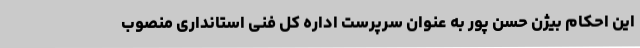
این احکام بیژن حسن پور به عنوان سرپرست اداره کل فنی استانداری منصوب